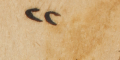
٢٢